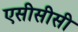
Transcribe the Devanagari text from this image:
एसीसीसी